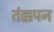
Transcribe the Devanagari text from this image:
तंक्कपन